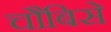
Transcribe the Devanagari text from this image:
चौबिसे